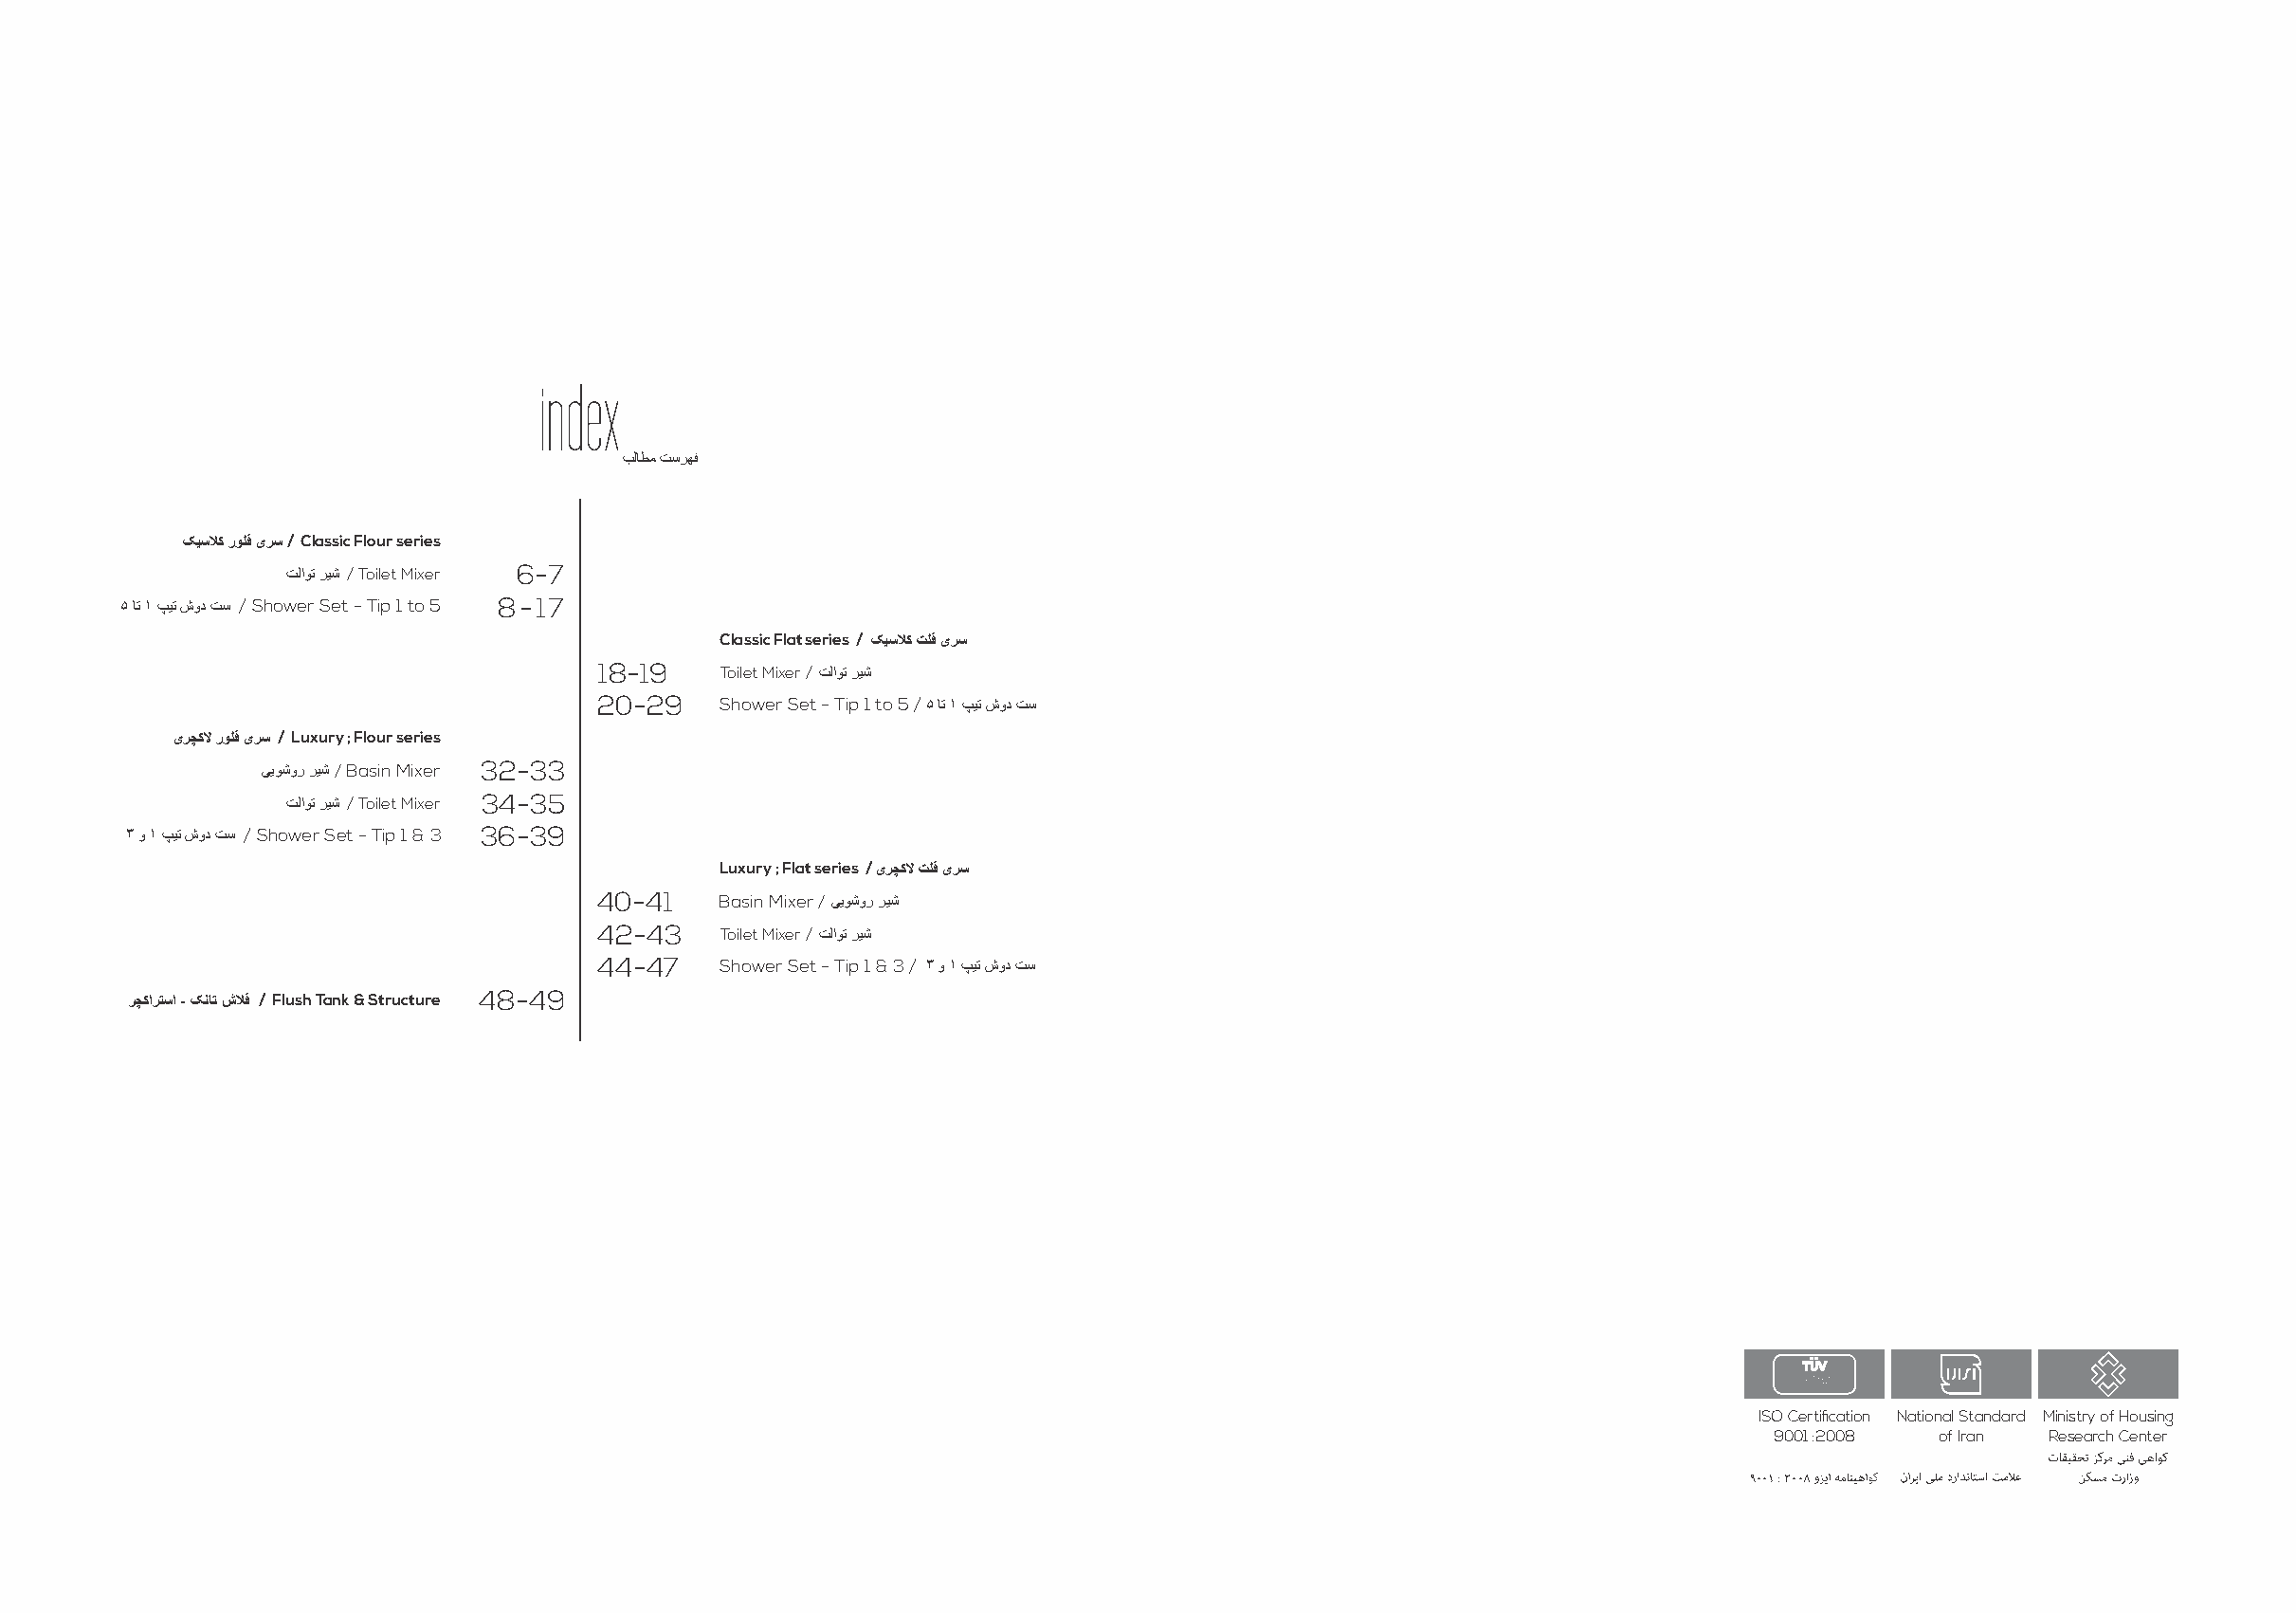
index
 بﻟﺎطﻣ تﺳرﮭﻓ
 ﮏﯾﺳﻼﮐ روﻠﻓ یرﺳ/ Classic Flour series
 تﻟاوﺗ رﯾﺷ / Toilet Mixer 6-7
 ۵ ﺎﺗ ١ پﯾﺗ شود تﺳ / Shower Set - Tip 1 to 5 8-17
 Classic Flat series / ﮏﯾﺳﻼﮐ تﻠﻓ یرﺳ
 18-19   Toilet Mixer /تﻟاوﺗ رﯾﺷ
 20-29   Shower Set - Tip 1 to 5 /۵ ﺎﺗ ١ پﯾﺗ شود تﺳ
 یرﭼﮐﻻ روﻠﻓ یرﺳ / Luxury ; Flour series
 ﯽﯾوﺷور رﯾﺷ / Basin Mixer 32-33
 تﻟاوﺗ رﯾﺷ / Toilet Mixer 34-35
 ٣ و ١ پﯾﺗ شود تﺳ / Shower Set - Tip 1 & 3 36-39
 Luxury ; Flat series /یرﭼﮐﻻ تﻠﻓ یرﺳ
 40-41   Basin Mixer / ﯽﯾوﺷور رﯾﺷ
 42-43   Toilet Mixer /تﻟاوﺗ رﯾﺷ
 44-47   Shower Set - Tip 1 & 3 / ٣ و ١ پﯾﺗ شود تﺳ
 رﭼﮐارﺗﺳا - ﮏﻧﺎﺗ شﻼﻓ / Flush Tank & Structure 48-49
 ISO Certification National Standard Ministry of Housing
 9001 :2008 of Iran Research Center
 ٩٠٠١ : ٢٠٠٨